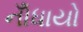
નોઁધાયો